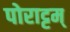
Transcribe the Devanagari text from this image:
पोराट्टम्